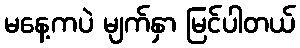
မနေ့ကပဲ မျက်နှာ မြင်ပါတယ်